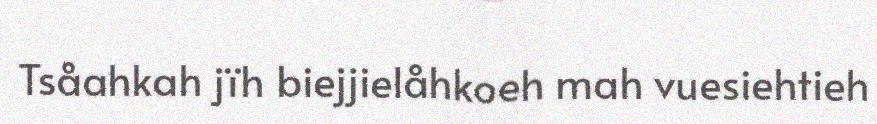
Tsåahkah jïh biejjielåhkoeh mah vuesiehtieh